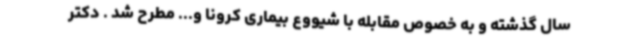
سال گذشته و به خصوص مقابله با شیووع بیماری کرونا و... مطرح شد . دکتر